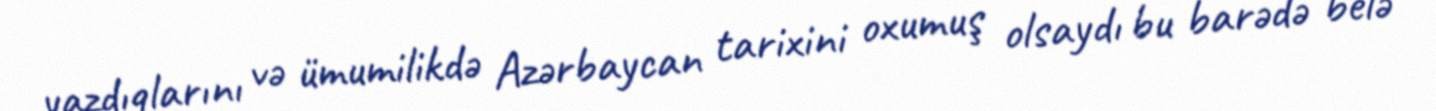
yazdıqlarını və ümumilikdə Azərbaycan tarixini oxumuş olsaydı bu barədə belə